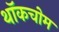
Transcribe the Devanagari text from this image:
थॉकचोम